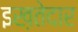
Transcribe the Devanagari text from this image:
इख़तेदार